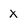
Character: x